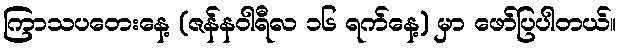
ကြာသပတေးနေ့ (ဇန်နဝါရီလ ၁၆ ရက်နေ့) မှာ ဖော်ပြပါတယ်။